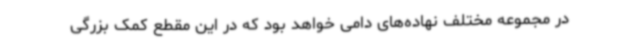
در مجموعه مختلف نهاده‌های دامی خواهد بود که در این مقطع کمک بزرگی